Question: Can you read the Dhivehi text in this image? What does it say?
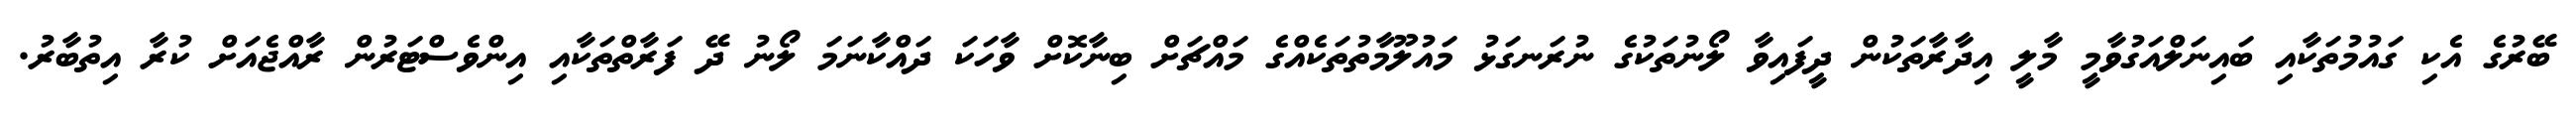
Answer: ބޭރުގެ އެކި ގައުމުތަކާއި ބައިނަލްއަގުވާމީ މާލީ އިދާރާތަކުން ދީފައިވާ ލޯނުތަކުގެ ނުރަނގަޅު މައުލޫމާތުތަކެއްގެ މައްޗަށް ބިނާކޮށް ވާހަކަ ދައްކާނަމަ ލޯނު ދޭ ފަރާތްތަކާއި އިންވެސްޓަރުން ރާއްޖެއަށް ކުރާ އިތުބާރު.